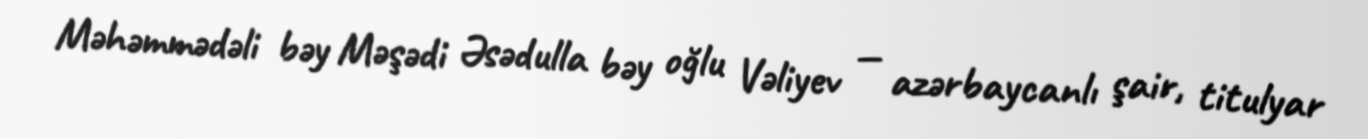
Məhəmmədəli bəy Məşədi Əsədulla bəy oğlu Vəliyev — azərbaycanlı şair, titulyar